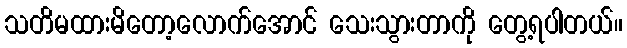
သတိမထားမိတော့လောက်အောင် သေးသွားတာကို တွေ့ရပါတယ်။